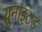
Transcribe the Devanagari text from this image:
युनाइटड